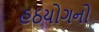
હઠયોગનો